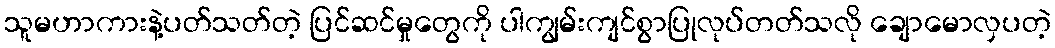
သူမဟာကားနဲ့ပတ်သတ်တဲ့ ပြင်ဆင်မှုတွေကို ပါကျွမ်းကျင်စွာပြုလုပ်တတ်သလို ချောမောလှပတဲ့